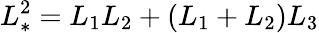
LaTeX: L_{*}^{2}={L_{1}L_{2}+{\left(L_{1}+L_{2}\right)}L_{3}}